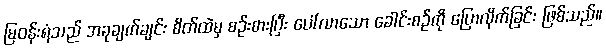
မြဝန်းရံသည် အခုချက်ချင်း စိတ်ထဲမှ စဉ်းစားပြီး ပေါ်လာသော ခေါင်းစဉ်ကို ပြောလိုက်ခြင်း ဖြစ်သည်။